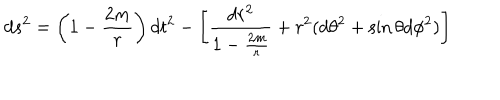
d s ^ { 2 } = \left( 1 - \frac { 2 m } { r } \right) d t ^ { 2 } - \left[ \frac { d r ^ { 2 } } { 1 - \frac { 2 m } { r } } + r ^ { 2 } ( d \theta ^ { 2 } + \sin { \theta } d \phi ^ { 2 } ) \right]